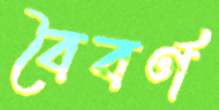
বৈবর্ণ